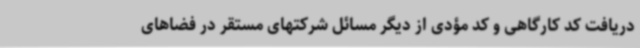
دریافت کد کارگاهی و کد مؤدی از دیگر مسائل شرکتهای مستقر در فضاهای